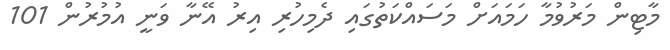
މާޓިން މަރުވުމާ ހަމައަށް މަސައްކަތުގައި ދެމިހުރި އިރު އޭނާ ވަނީ އުމުރުން 101